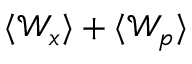
\langle \mathcal { W } _ { x } \rangle + \langle \mathcal { W } _ { p } \rangle